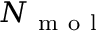
N _ { \mathrm { ~ m ~ o ~ l ~ } }